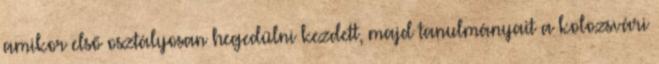
amikor első osztályosan hegedülni kezdett, majd tanulmányait a kolozsvári